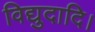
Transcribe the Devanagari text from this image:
विद्युदादि।